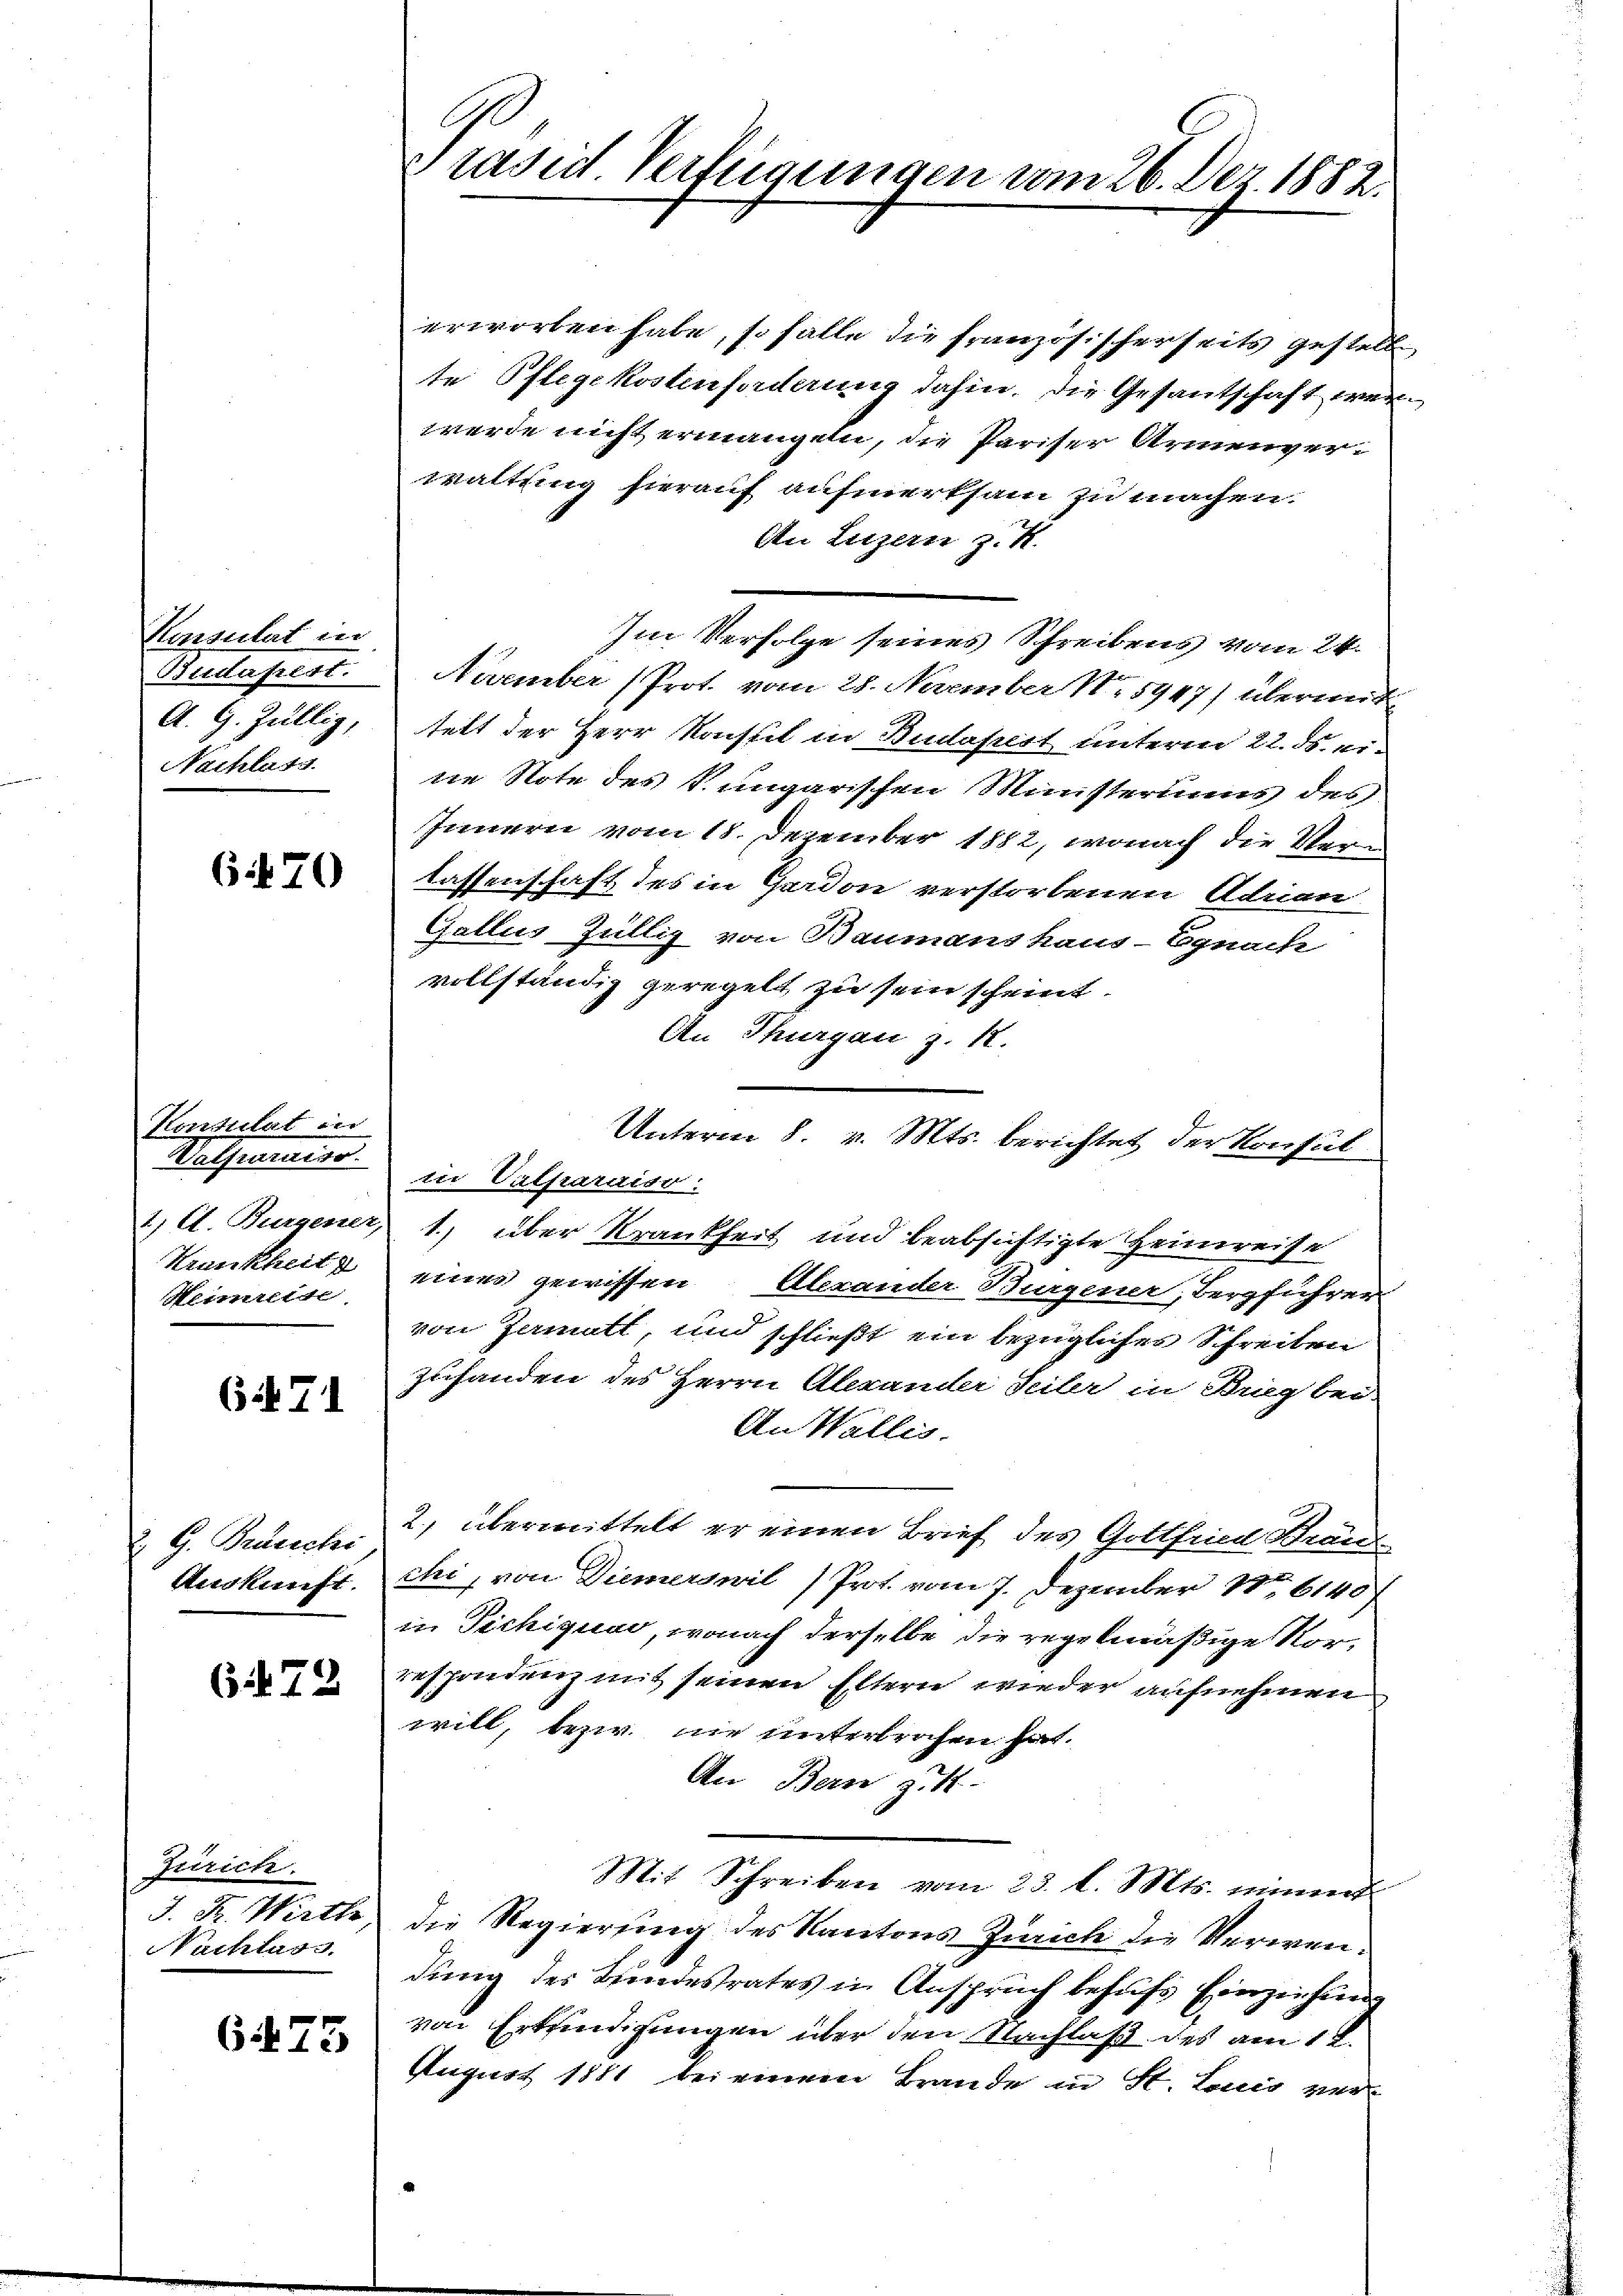
Konsulat in
Budapest.
A. G. Züllig,
Nachlass

64470

Konsulat in
Vetheamin.
2) A. Burgener,
Krankheit
Heimreise

(XII

G. Bruzechi
Auskunft.

672

Zurich.
J. R. Wirth
Nachtess

65. 75

erworben habe, so falle die Französischerseits gestelle
te Pflegekostenforderung dahin. Die Gesantschaft wer
werde nicht ermangen, die Pariser Armenverwaltung hierauf aufmerksam zu machen.
An Luzern z. R.
Im Verfolge seines Schreibens vom 24.
Nuember (Prot. vom 28. November N. 5947) übermit
telt der Herr Konseit in Budapest unterm 22. ds. ei
ne Note des Sungarischen Ministeriums des
Innern vom 18. Dezember 1882, wonach die Ver-
lassenschaft des in Gerdon verstorbenen Adrian
Gallus Züllig von Baumans Haus-Egnach
vollständig geregelt zu sein scheint
An Thurgau z. 12.
Unterm 8. v. Mts. berichtet der Konsul
in Valparaiso
1.) über Krankheit und beabsichtigte Heimreise
eines gewissen Alexander Burgener, Bergführer
von Jamatt und schließt ein bezügliches Schreiten
zuhanden des Herrn Alexander Seiter in Brig bei
An Wallis.
2) übermittelt er einen Brief des Gottfried Brun
chi, von Diemerswil Prot. vom 7. Dezember 1. 61407
in Pichique, wonach derselbe die regelmäßige Vorrespondenz mit seinen Eltern wieder aufnehmen
will, bezw. nie unterbrochen hat.
An Bern z. R.
Mit Schreiben vom 23. l. Mts. mine
die Regierung des Kantons Zürich die Verwendung des Bundesrates in Anspruch behufs Einziehung
von Erkundigungen über den Nachlaß des am 12.
August 1881 bei einem Brande in St. Louis ver-

E
rasid Verfügungen vom 26. Dez. 1882.